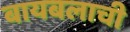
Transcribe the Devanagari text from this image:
बायबलाची